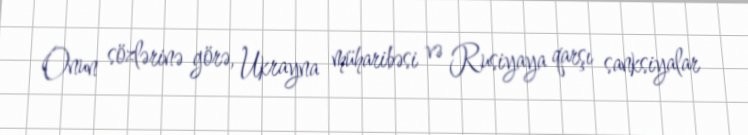
Onun sözlərinə görə, Ukrayna müharibəsi və Rusiyaya qarşı sanksiyalar